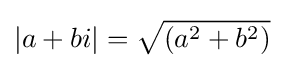
|a+bi|={\sqrt {(a^{2}+b^{2})}}